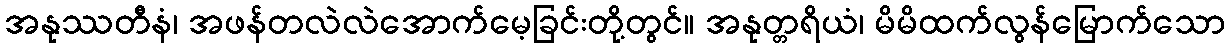
အနုဿတီနံ၊ အဖန်တလဲလဲအောက်မေ့ခြင်းတို့တွင်။ အနုတ္တရိယံ၊ မိမိထက်လွန်မြောက်သော